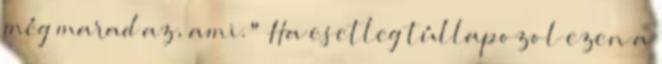
még marad az, ami." Ha esetleg túllapozol ezen a